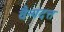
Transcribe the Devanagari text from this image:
वैन्यदत्त